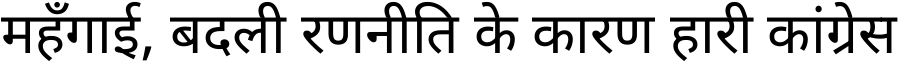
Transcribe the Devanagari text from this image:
महँगाई, बदली रणनीति के कारण हारी कांग्रेस